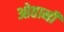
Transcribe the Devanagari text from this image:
ओतानी